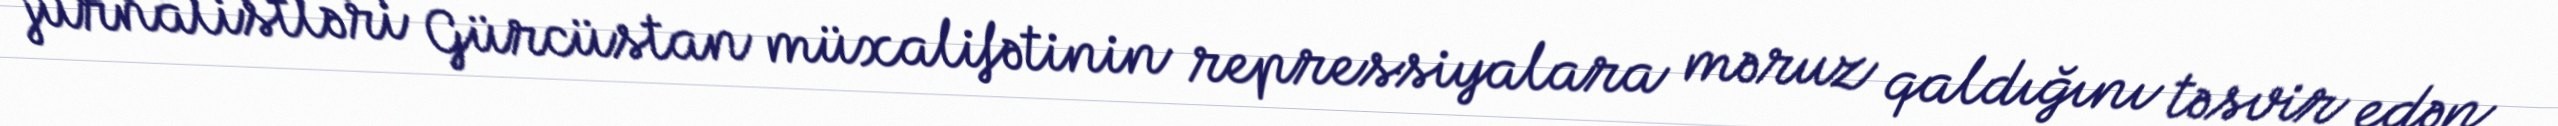
jurnalistləri Gürcüstan müxalifətinin repressiyalara məruz qaldığını təsvir edən